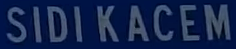
SIDI KACEM